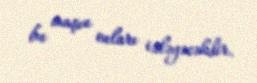
bu maşın onları izləyəcəkdir.